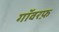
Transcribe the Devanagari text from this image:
गॉवरफ़